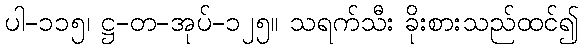
ပါ-၁၁၅၊ ဋ္ဌ-တ-အုပ်-၁၂၅။ သရက်သီး ခိုးစားသည်ထင်၍